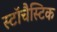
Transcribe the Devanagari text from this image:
स्टॉचैस्टिक